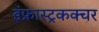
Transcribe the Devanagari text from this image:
इंफ्रास्ट्रकक्चर